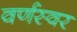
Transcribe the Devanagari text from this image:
वर्णस्वर